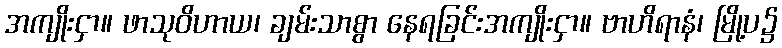
အကျိုးငှာ။ ဖာသုဝိဟာယ၊ ချမ်းသာစွာ နေရခြင်းအကျိုးငှာ။ ဗာဟိရာနံ၊ မြို့ပ၌